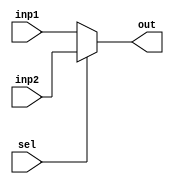
module mux(inp1,inp2,sel,out);
	input inp1,inp2,sel;
	output out;
	assign out=sel?inp2:inp1;
endmodule

module test;
	reg a,b,c;
	wire o;
	mux t(.sel(a),.inp1(b),.inp2(c),.out(o));
	initial begin
		$dumpfile("q4.vcd");
		$dumpvars(0,test);
		$display("select\tinput1\tinput2\toutput");
		$monitor("%b\t\t%b\t\t%b\t\t%b",a,b,c,o);
		a=0; b=0; c=0; #10
		a=0; b=0; c=1; #10
		a=0; b=1; c=0; #10
		a=0; b=1; c=1; #10
		a=1; b=0; c=0; #10
		a=1; b=0; c=1; #10
		a=1; b=1; c=0; #10
		a=1; b=1; c=1; #10 $finish;
	end
endmodule